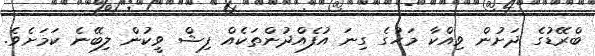
ބްރޭޑުގެ ދަށުން ވިއްކާ މަހުގެ ގިނަ އުފެއްދުންތަކެއް ފިޝް ވީކުން ލިބޭނެ ކަމަށެވެ.